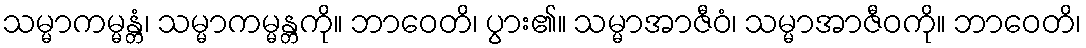
သမ္မာကမ္မန္တံ၊ သမ္မာကမ္မန္တကို။ ဘာဝေတိ၊ ပွား၏။ သမ္မာအာဇီဝံ၊ သမ္မာအာဇီဝကို။ ဘာဝေတိ၊